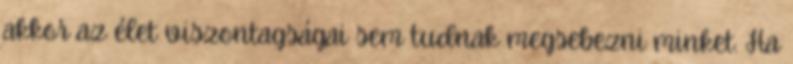
akkor az élet viszontagságai sem tudnak megsebezni minket. Ha